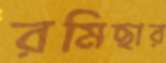
রমিছার